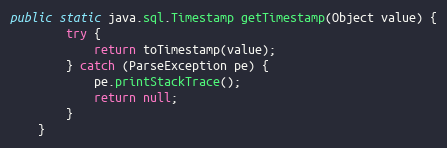
Language: Java
public static java.sql.Timestamp getTimestamp(Object value) {
        try {
            return toTimestamp(value);
        } catch (ParseException pe) {
            pe.printStackTrace();
            return null;
        }
    }